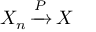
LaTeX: \displaystyle X _ { n } \, { \xrightarrow { P } } \, X